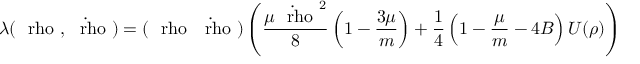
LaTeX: \lambda ( { \mathrm { \boldmath ~ \ r h o ~ } } , { \mathrm { \boldmath ~ \dot { \ r h o } ~ } } ) = ( { \mathrm { \boldmath ~ \ r h o ~ } } { \mathrm { \boldmath ~ \dot { \ r h o } ~ } } ) \left( \frac { \mu { \mathrm { \boldmath ~ \dot { \ r h o } ~ } } ^ { 2 } } { 8 } \left( 1 - \frac { 3 \mu } { m } \right) + \frac { 1 } { 4 } \left( 1 - \frac { \mu } { m } - 4 B \right) U ( \rho ) \right) \, ,